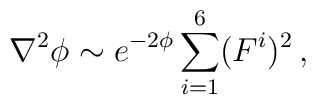
\nabla^{2}\phi \sim e^{-2\phi}\sum_{i=1}^{6}(F^{i})^{2}\, ,